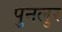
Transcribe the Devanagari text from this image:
पुनलुर